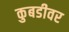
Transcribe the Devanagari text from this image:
कुबडीवर